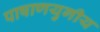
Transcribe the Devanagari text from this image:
पाषाणयुगीय